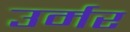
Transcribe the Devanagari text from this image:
उर्मर